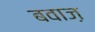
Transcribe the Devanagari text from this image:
बवाज़